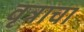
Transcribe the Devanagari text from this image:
वृत्राचा